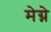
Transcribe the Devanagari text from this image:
मेग्ने